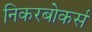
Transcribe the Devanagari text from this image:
निकरबोकर्स